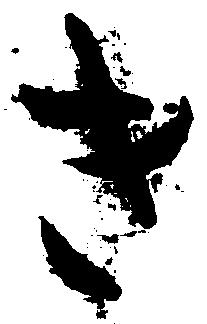
き